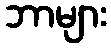
ဘာများ